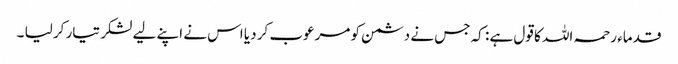
قدماء رحمہ اللہ کا قول ہے : کہ جس نے دشمن کو مرعوب کر دیا اس نے اپنے لیے لشکر تیار کر لیا ۔